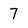
Character: 7